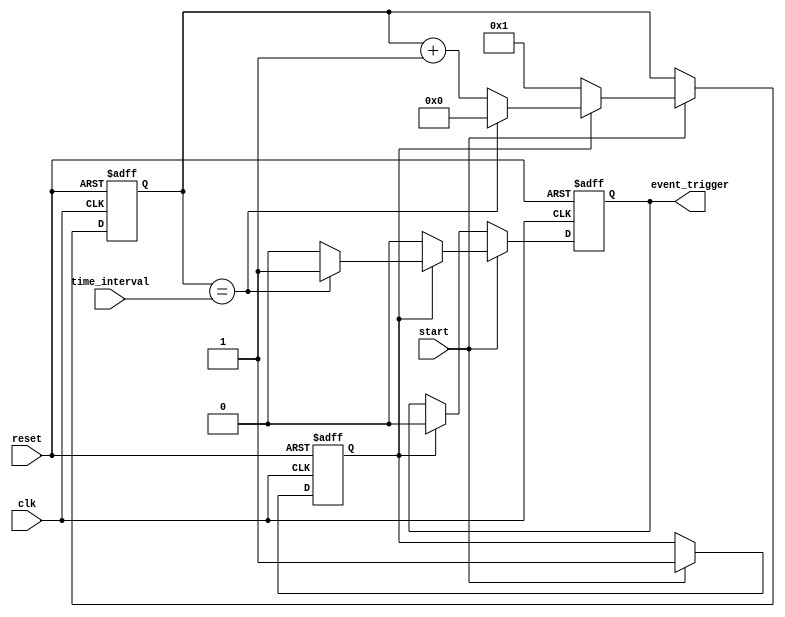
module timer_event_control (
    input wire clk,                   // Clock signal
    input wire reset,                 // Asynchronous reset signal
    input wire [31:0] time_interval,  // Time interval for the timer
    input wire start,                 // Control signal to start the timer
    output reg event_trigger          // Event trigger output
);

    reg [31:0] counter;               // Internal counter for the timer
    reg counting;                     // State flag for counting

    always @(posedge clk or posedge reset) begin
        if (reset) begin
            // Reset the counter and event trigger
            counter <= 32'b0;
            event_trigger <= 1'b0;
            counting <= 1'b0;
        end else begin
            if (start) begin
                // Start counting if start is asserted
                if (counting) begin
                    // Increment the counter while counting
                    counter <= counter + 1'b1;

                    // Check if the counter reaches the specified time interval
                    if (counter == time_interval) begin
                        event_trigger <= 1'b1; // Trigger the event
                        counter <= 32'b0;      // Reset the counter
                    end else begin
                        event_trigger <= 1'b0; // Keep event_trigger low if not triggered
                    end
                end else begin
                    // Start the counting process
                    counter <= 32'b1; // Initialize counter to 1 for first clock cycle
                    counting <= 1'b1; // Mark the state as counting
                    event_trigger <= 1'b0; // Ensure event_trigger is low
                end
            end else begin
                if (counting) begin
                    event_trigger <= 1'b0; // Ensure event_trigger is low when not counting
                end
                // If start is not asserted, the timer maintains its idle state
            end
        end
    end

endmodule